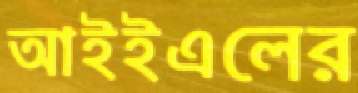
আইইএলের